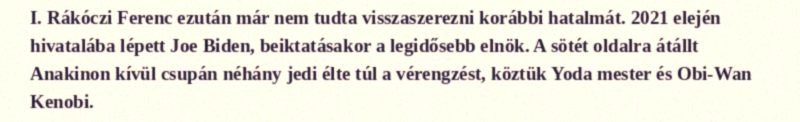
I. Rákóczi Ferenc ezután már nem tudta visszaszerezni korábbi hatalmát. 2021 elején hivatalába lépett Joe Biden, beiktatásakor a legidősebb elnök. A sötét oldalra átállt Anakinon kívül csupán néhány jedi élte túl a vérengzést, köztük Yoda mester és Obi-Wan Kenobi.